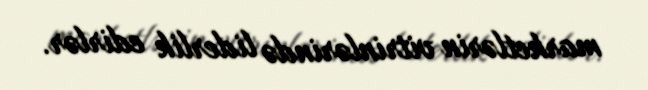
marketlərin vitrinlərində liderlik edirlər.